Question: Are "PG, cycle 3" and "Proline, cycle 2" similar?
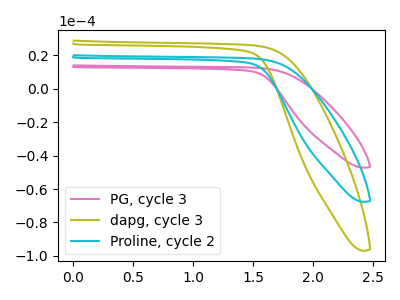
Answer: <think>The pink curve "PG, cycle 3" has no peaks. The olive curve "dapg, cycle 3" has no peaks. The cyan curve "Proline, cycle 2" has no peaks.
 Neither "PG, cycle 3" or "Proline, cycle 2" have any peaks.</think>
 <answer>"PG, cycle 3" and "Proline, cycle 2" are similar in shape.</answer>
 <eval>same_shape</eval>